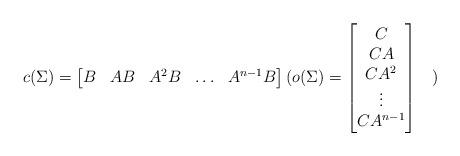
LaTeX: \begin{align*}c(\Sigma) = \begin{bmatrix} B & AB & A^2B & \hdots & A^{n-1} B \end{bmatrix} ( o(\Sigma) = \begin{bmatrix} C \\ CA \\ CA^2 \\ \vdots \\ CA^{n-1} \end{bmatrix} \quad) \end{align*}